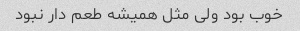
خوب بود ولی مثل همیشه طعم دار نبود